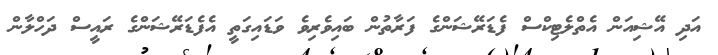
އަދި އޭޝިއަން އެތްލެޓިކްސް ފެޑަރޭޝަންގެ ފަރާތުން ބައިވެރިވެ ވަޑައިގަތީ އެފެޑަރޭޝަންގެ ރައީސް ދަހްލާން